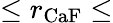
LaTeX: \le r_{\mathrm{CaF}}\le